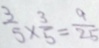
\frac { 3 } { 5 } \times \frac { 3 } { 5 } = \frac { 9 } { 2 5 }